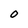
Character: 0